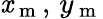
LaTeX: \mathit{x}_{\mathrm{{~m~}}},\, y_{\mathrm{{~m~}}}